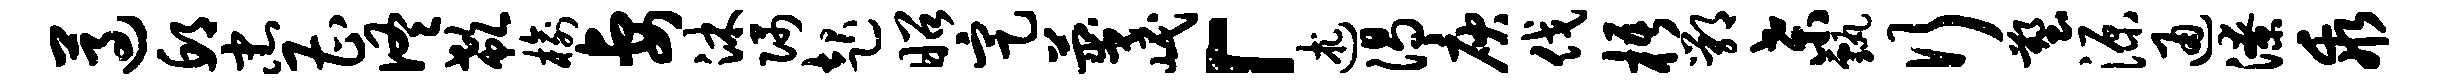
遵邱忠曹佟欷榆妻沐隅起昭定蔑岷「述渴庾伐梧鄂桑甄行塑源通潦乖